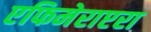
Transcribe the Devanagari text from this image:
एफिमेराप्टरा